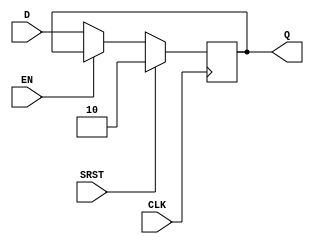
module m_0 (CLK, D, EN, SRST, Q);

parameter WIDTH = 2;
parameter CLK_POLARITY = 1'b1;
parameter EN_POLARITY = 1'b0;
parameter SRST_POLARITY = 1'b1;
parameter SRST_VALUE = 2;

input CLK, SRST, EN;
input [WIDTH-1:0] D;
output reg [WIDTH-1:0] Q;
wire pos_clk = CLK == CLK_POLARITY;
wire pos_srst = SRST == SRST_POLARITY;

always @(posedge pos_clk) begin
	if (pos_srst)
		Q <= SRST_VALUE;
	else if (EN == EN_POLARITY)
		Q <= D;
end

endmodule